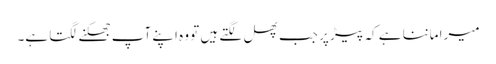
میرا ماننا ہے کہ پیڑ پر جب پھل لگتے ہیں تو وہ اپنے آپ جھکنے لگتا ہے۔